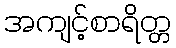
အကျင့်စာရိတ္တ